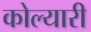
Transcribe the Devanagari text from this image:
कोल्यारी